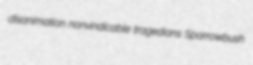
disanimation nonvindicable tragedians Sparrowbush